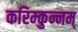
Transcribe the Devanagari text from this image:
करिम्कुन्नम्